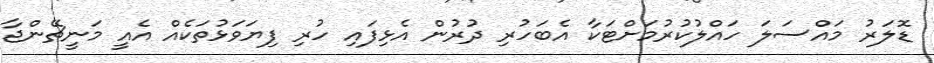
ޑޮލަރު މައްސަލަ ހައްލުކުރުމަށްޓަކާ އެބަހުރި ދުރުން އެޅިފައި ހުރި ފިޔަވަޅުތަކެއް އެއީ މަނީޗޭންޖާ